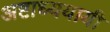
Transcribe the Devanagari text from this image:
अष्टाध्ययायी